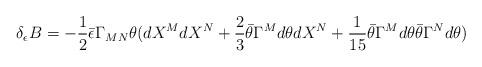
LaTeX: \begin{align*}\delta_\epsilon B = -{1\over 2} \bar\epsilon \Gamma_{MN} \theta (dX^M dX^N +{2\over 3} \bar\theta \Gamma^M d\theta dX^N + {1\over 15} \bar\theta \Gamma^Md\theta \bar\theta \Gamma^N d\theta)\end{align*}